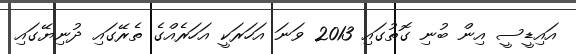
އައިޑީސީ އިން ބުނި ގޮތުގައި 2013 ވަނަ އަހަރަކީ އަހަރެއްގެ ތެރޭގައި ދުނިޔޭގައި